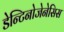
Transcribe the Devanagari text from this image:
डेन्टिनोजेनेसिस